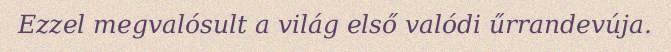
Ezzel megvalósult a világ első valódi űrrandevúja.